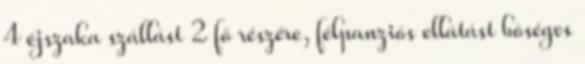
4 éjszaka szállást 2 fõ részére, félpanziós ellátást bõséges